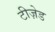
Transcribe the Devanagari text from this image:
टीज़ेड